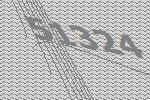
51324